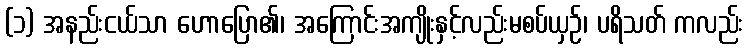
(၁) အနည်းငယ်သာ ဟောပြော၏၊ အကြောင်းအကျိုးနှင့်လည်းမစပ်ယှဉ်၊ ပရိသတ် ကလည်း